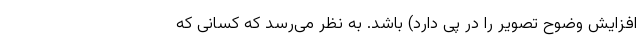
افزایش وضوح تصویر را در پی دارد) باشد. به نظر می‌رسد که کسانی که